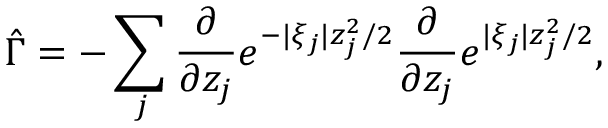
\hat { \Gamma } = - \sum _ { j } \frac { \partial } { \partial z _ { j } } e ^ { - | \xi _ { j } | z _ { j } ^ { 2 } / 2 } \frac { \partial } { \partial z _ { j } } e ^ { | \xi _ { j } | z _ { j } ^ { 2 } / 2 } ,